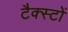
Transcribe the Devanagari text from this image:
टैक्स्टों